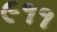
૯૧૧